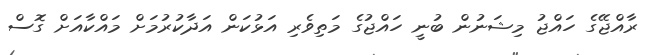
ރާއްޖޭގެ ހައްޖު މިޝަނުން ބުނީ ހައްޖުގެ މަތިވެރި އަޅުކަން އަދާކުރުމަށް މައްކާއަށް ގޮސް